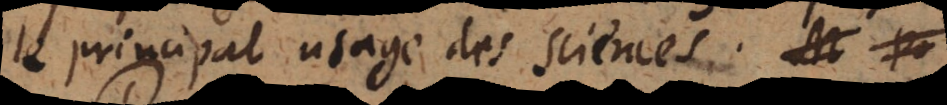
le principal usage des sciences.